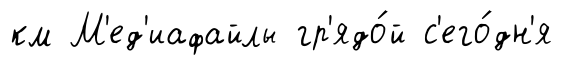
км М'ед'иафайлы гр'ядо́й с'его́дн'я